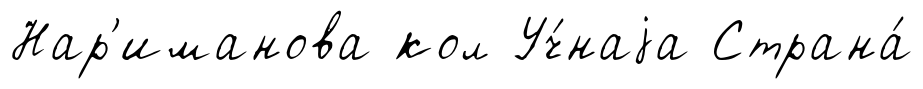
Нар'иманова кол Уч́наjа Страна́